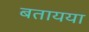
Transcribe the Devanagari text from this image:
बतायया